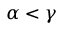
\alpha < \gamma